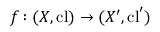
f \colon ( X , \operatorname { c l } ) \to ( X ^ { \prime } , \operatorname { c l } ^ { \prime } )